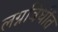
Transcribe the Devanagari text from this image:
लग्नविधींत